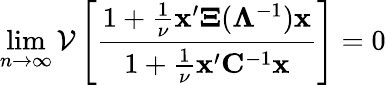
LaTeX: \operatorname*{lim}_{n\to\infty}\mathcal{V}\left[\frac{1+\frac{1}{\nu}{\mathbf x}^{\prime}{\mathbf\Xi}({\mathbf\Lambda}^{-1}){\mathbf x}}{1+\frac{1}{\nu}{\mathbf x}^{\prime}{\mathbf C}^{-1}{\mathbf x}}\right]=0